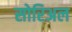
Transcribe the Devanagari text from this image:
सोरिअल